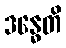
ဒန္ဓေတိ